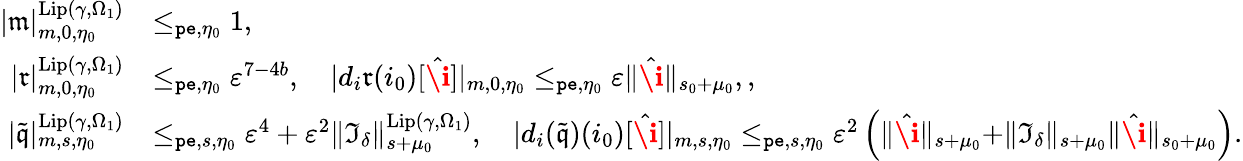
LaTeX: \begin{array}{rl}{|\mathfrak{m}|_{m,0,\eta_{0}}^{\mathrm{Lip}(\gamma,\Omega_{1})}}&{\le_{\mathtt{pe},\eta_{0}}1,}\\ {|\mathfrak{r}|_{m,0,\eta_{0}}^{\mathrm{Lip}(\gamma,\Omega_{1})}}&{\le_{\mathtt{pe},\eta_{0}}\varepsilon^{7-4b},\quad|d_{i}\mathfrak{r}(i_{0})[\hat{\textbf{\i}}]|_{m,0,\eta_{0}}\le_{\mathtt{pe},\eta_{0}}\varepsilon\rVert\hat{\textbf{\i}}\rVert_{s_{0}+\mu_{0}},,}\\ {|\tilde{\mathfrak{q}}|_{m,s,\eta_{0}}^{\mathrm{Lip}(\gamma,\Omega_{1})}}&{\le_{\mathtt{pe},s,\eta_{0}}\varepsilon^{4}+\varepsilon^{2}\rVert\mathfrak{I}_{\delta}\rVert_{s+\mu_{0}}^{\mathrm{Lip}(\gamma,\Omega_{1})},\quad|d_{i}(\tilde{\mathfrak{q}})(i_{0})[\hat{\textbf{\i}}]|_{m,s,\eta_{0}}\le_{\mathtt{pe},s,\eta_{0}}\varepsilon^{2}\left(\rVert\hat{\textbf{\i}}\rVert_{s+\mu_{0}}+\rVert\mathfrak{I}_{\delta}\rVert_{s+\mu_{0}}\rVert\hat{\textbf{\i}}\rVert_{s_{0}+\mu_{0}}\right).}\end{array}